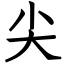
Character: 尖